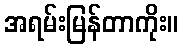
အရမ်းမြန်တာကိုး။